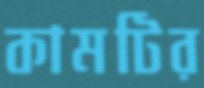
কামটির